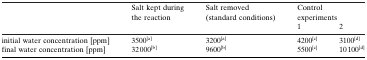
<table><thead><tr><td></td><td><b>Salt kept during the reaction</b></td><td><b>Salt removed (standard conditions)</b></td><td colspan="2"><b>Control experiments</b></td></tr><tr><td></td><td></td><td></td><td><b>1</b></td><td><b>2</b></td></tr></thead><tbody><tr><td>initial water concentration [ppm]</td><td>3500[a]</td><td>3200[a]</td><td>4200[c]</td><td>3100[d]</td></tr><tr><td>final water concentration [ppm]</td><td>32 000[b]</td><td>9600[b]</td><td>5500[c]</td><td>10 100[d]</td></tr></tbody></table>